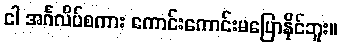
ငါ အင်္ဂလိပ်စကား ကောင်းကောင်းမပြောနိုင်ဘူး။